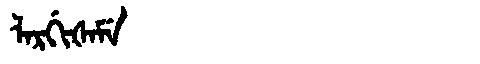
Manchu: ᠯᠠᡵᡤᡳᡧᠠᠮᡝ
Romanization: LARGIŠAME